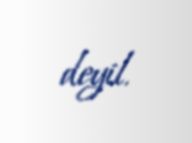
deyil.